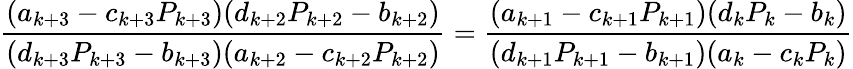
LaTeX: \frac{(a_{k+3}-c_{k+3}P_{k+3})({d_{k+2}P_{k+2}-b_{k+2}})}{(d_{k+3}P_{k+3}-b_{k+3})({a_{k+2}-c_{k+2}P_{k+2}})}=\frac{(a_{k+1}-c_{k+1}P_{k+1})({d_{k}P_{k}-b_{k}})}{(d_{k+1}P_{k+1}-b_{k+1})({a_{k}-c_{k}P_{k}})}